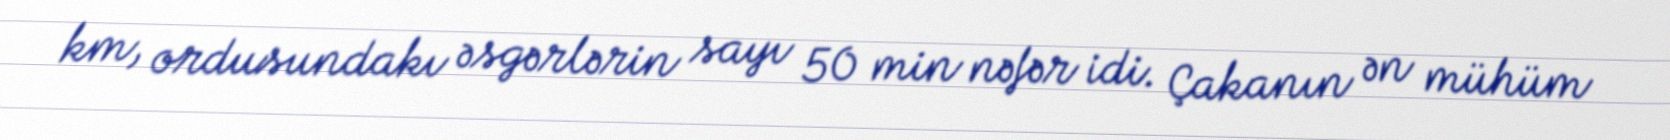
km, ordusundakı əsgərlərin sayı 50 min nəfər idi. Çakanın ən mühüm